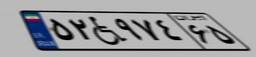
۴۵W۸۵۹۵۲